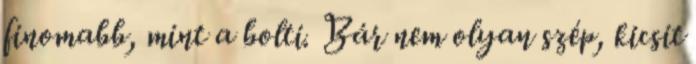
finomabb, mint a bolti. Bár nem olyan szép, kicsit